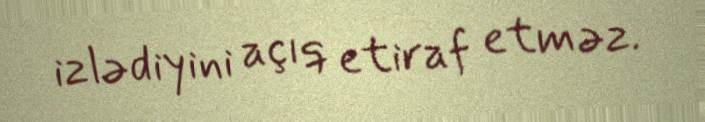
izlədiyini açıq etiraf etməz.